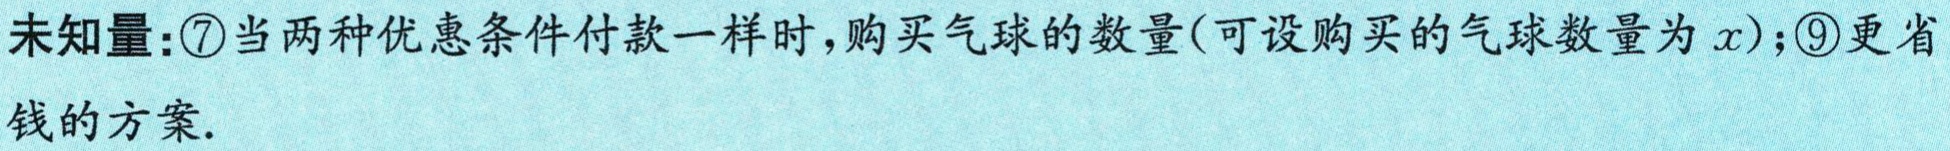
未知量：\textcircled{7}当两种优惠条件付款一样时，购买气球的数量(可设购买的气球数量为\(x\))；\textcircled{9}更省钱的方案.